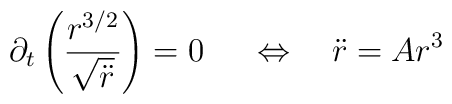
\partial_t\left(\frac{r^{3/2}}{\sqrt{\ddot{r}}}\right)=0 \ \quad\Leftrightarrow  \quad\ddot{r}= Ar^3